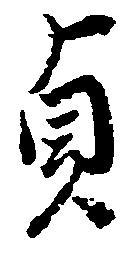
貞